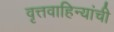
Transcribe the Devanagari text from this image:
वृत्तवाहिन्यांची